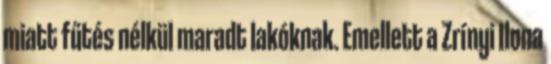
miatt fűtés nélkül maradt lakóknak. Emellett a Zrínyi Ilona